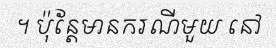
។ ប៉ុន្តែមានករណីមួយ នៅ